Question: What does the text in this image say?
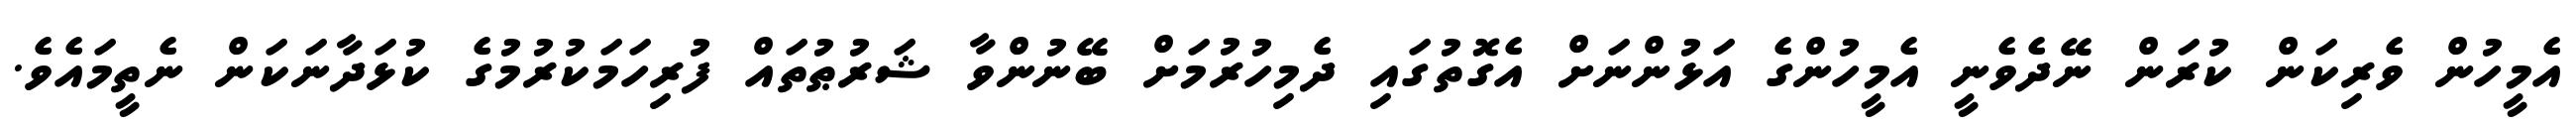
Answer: އެމީހުން ވެރިކަން ކުރަން ނޭދެވެނީ އެމީހުންގެ އަޅުންނަށް އެގޮތުގައި ދެމިހުރުމަށް ބޭނުންވާ ޝަރުޠުތައް ފުރިހަމަކުރުމުގެ ކުޅަދާނަކަން ނެތީމައެވެ.